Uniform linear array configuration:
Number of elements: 24
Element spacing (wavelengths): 0.25
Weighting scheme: hann
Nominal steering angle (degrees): -30
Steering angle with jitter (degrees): -31.506
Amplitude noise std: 0.05
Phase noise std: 0.05

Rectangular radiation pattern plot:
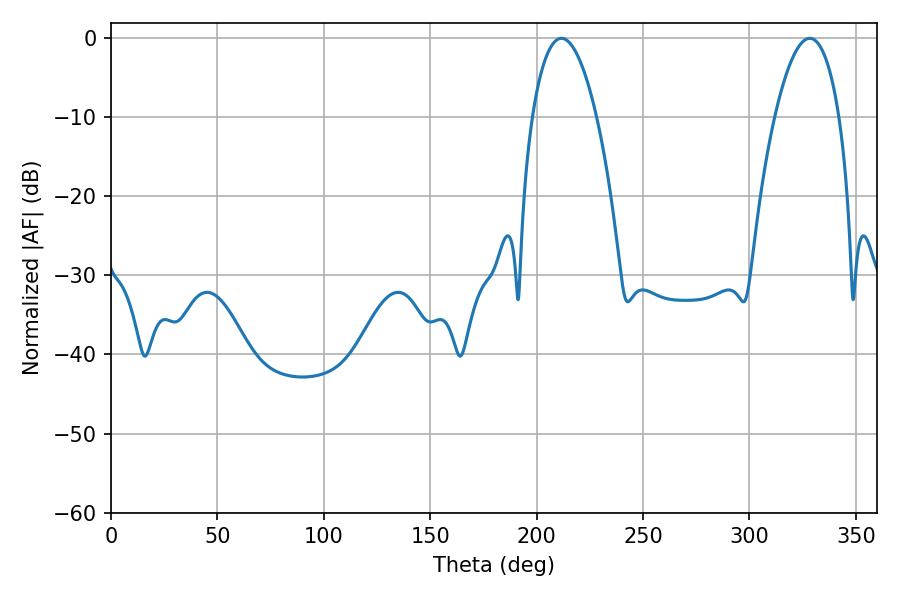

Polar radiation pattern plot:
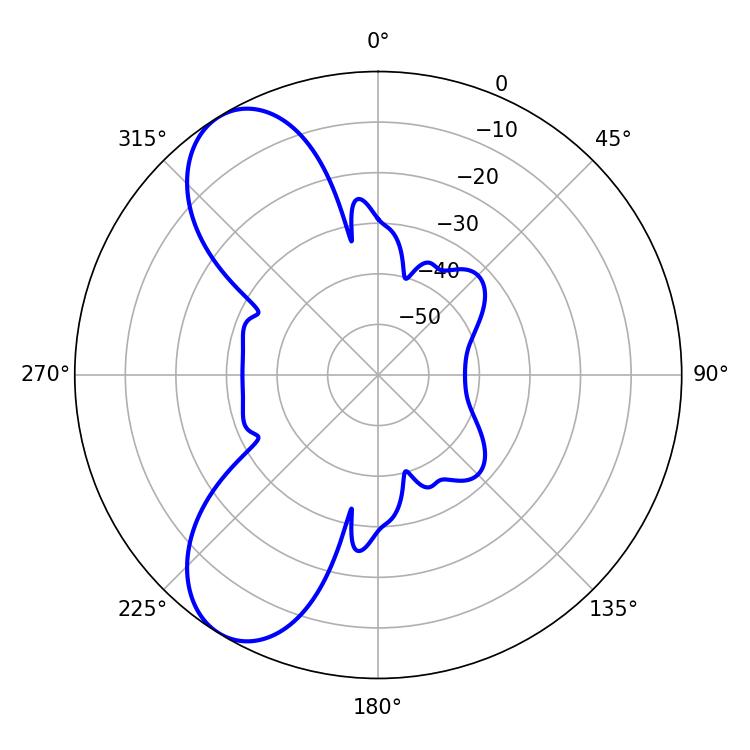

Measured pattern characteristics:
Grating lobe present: FALSE
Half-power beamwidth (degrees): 16.74
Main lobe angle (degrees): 211.68